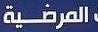
المرضیة